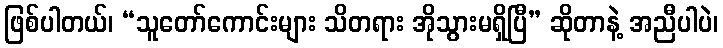
ဖြစ်ပါတယ်၊ “သူတော်ကောင်းများ သိတရား အိုသွားမရှိပြီ” ဆိုတာနဲ့ အညီပါပဲ၊